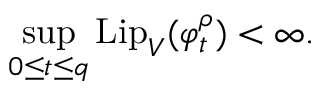
\operatorname* { s u p } _ { 0 \leq t \leq q } \mathrm { L i p } _ { V } ( \varphi _ { t } ^ { \rho } ) < \infty .